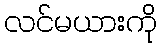
လင်မယားကို